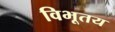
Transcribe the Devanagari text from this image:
विभूतय